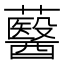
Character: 鿀